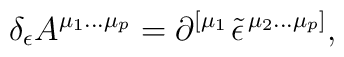
\delta _\epsilon A^{\mu _1\ldots \mu _p}=\partial ^{\left[ \mu_1\right. }\tilde \epsilon ^{\left. \mu _2\ldots \mu _p\right] },